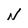
Character: N